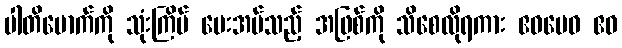
ပါတိမောက်ကို သုံးကြိမ် မေးအပ်သည့် အဖြစ်ကို သိစေလိုရကား ဧဝမေဝ ဧဝ